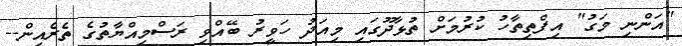
"އަންނި މަގު" އިފްތިތާހު ކުރުމަށް ތުޅާދޫގައި މިއަދު ހަވީރު ބޭއްވި ރަސްމިއްޔާތުގެ ތެރެއިން--